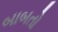
બાબતો